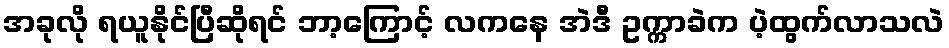
အခုလို ရယူနိုင်ပြီဆိုရင် ဘာ့ကြောင့် လကနေ အဲဒီ ဥက္ကာခဲက ပဲ့ထွက်လာသလဲ